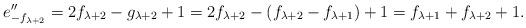
LaTeX: \begin{align*}e''_{-f_{\lambda+2}} = 2f_{\lambda+2} - g_{\lambda+2}+1= 2f_{\lambda+2} - (f_{\lambda+2}-f_{\lambda+1})+1= f_{\lambda+1}+ f_{\lambda+2}+1 .\end{align*}